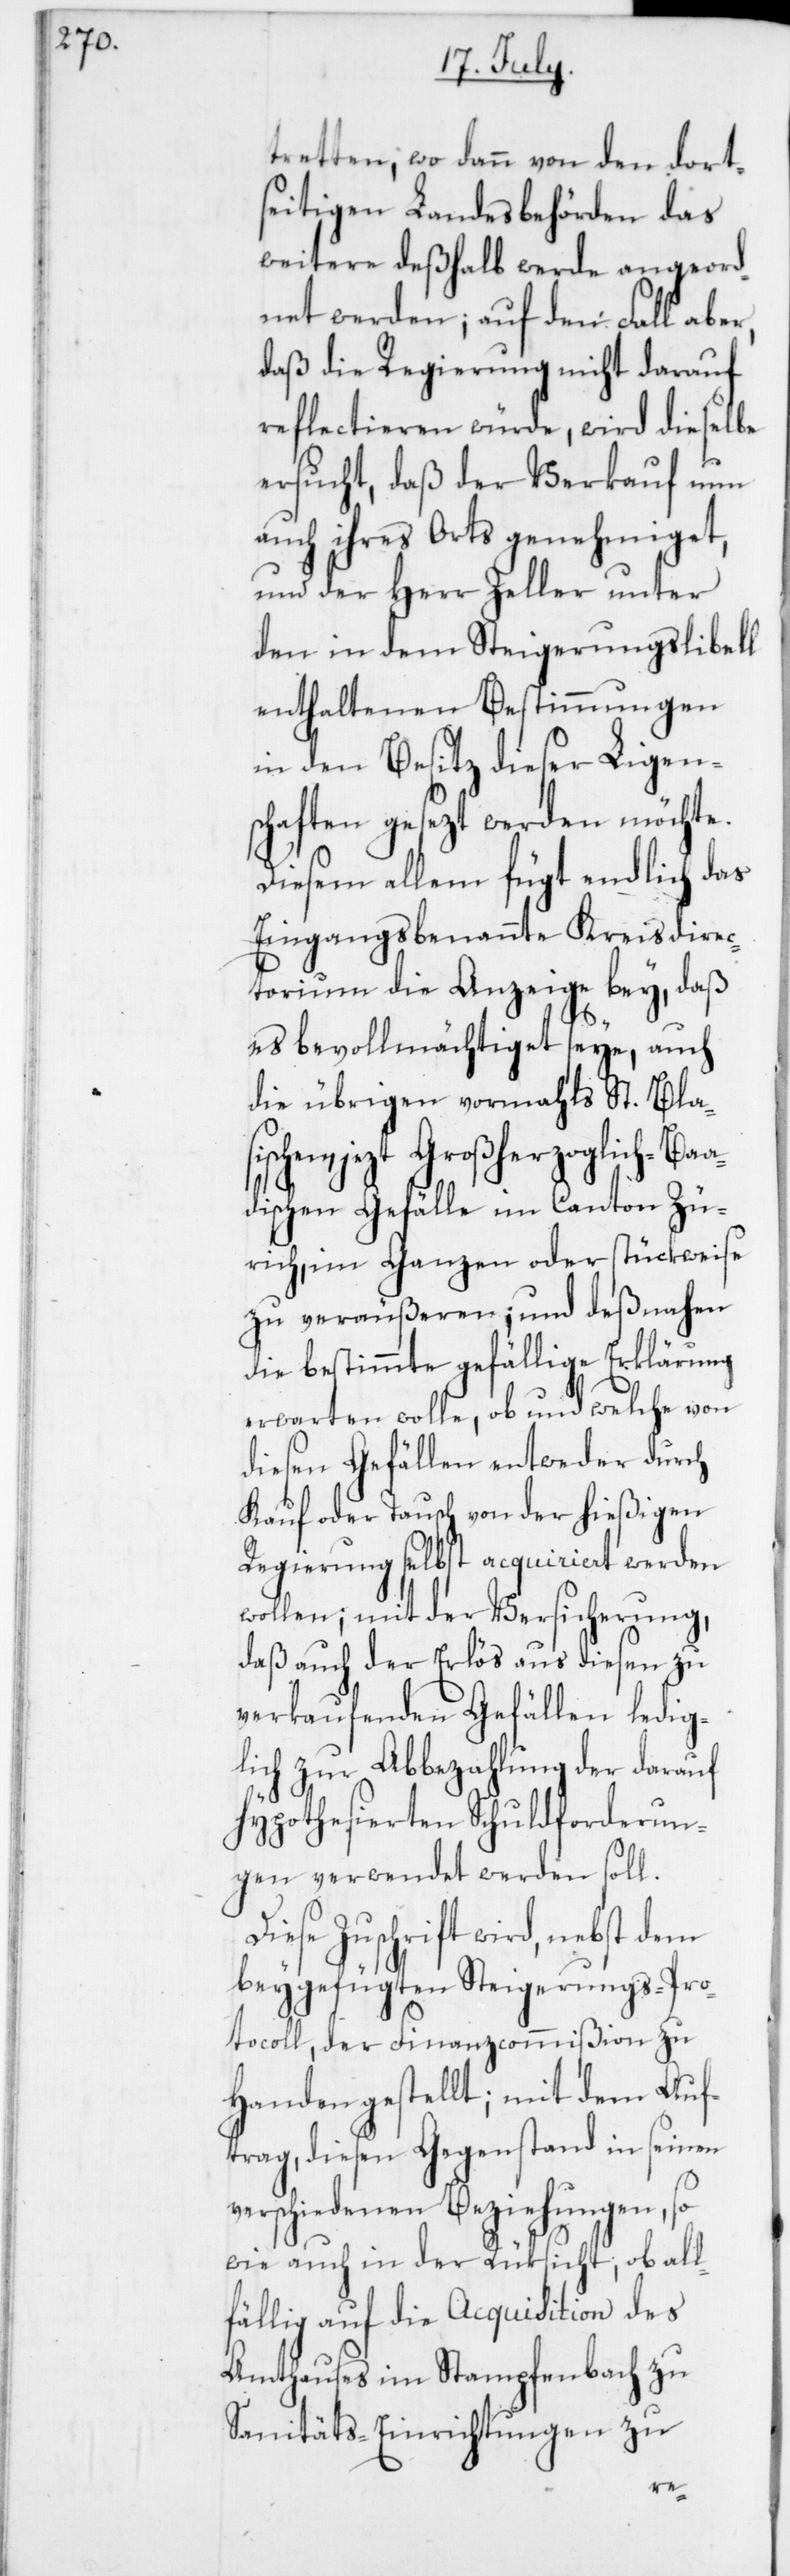
tretten; wo dann von den dorts¬
eitigen Landesbehörden das
weitere deßhalb werde angeord¬
net werden; auf den Fall aber,
daß die Regierung nicht darauf
reflectieren würde, wird dieselbe
ersucht, daß der Verkauf nun
auch ihres Orts genehmiget,
und der Herr Zeller unter
den in dem Steigerungslibell
enthaltenen Bestimmungen
in den Besitz dieser Ligen¬
schaften gesezt werden möchte.
Diesem allem fügt endlich das
Eingangsbenannte Kreisdirec¬
torium die Anzeige bey, daß
es bevollmächtiget seye, auch
die übrigen vormahls St. Blas¬
ischen, jezt Großherzoglich-Ba¬
adischen Gefälle im Canton Zü¬
rich, im Ganzen oder stückweise
zu veräußeren; und deßnahen
die bestimmte gefällige Erklärung
erwarten wolle, ob und welche von
diesen Gefällen entweder durch
Kauf oder Tausch von der hießigen
Regierung selbst acquiriert werden
wollen; mit der Versicherung,
daß auch der Erlös aus diesen zu
verkaufenden Gefällen ledig¬
lich zur Abbezahlung der darauf
hypothesierten Schuldforderun¬
gen verwendet werden soll.
Diese Zuschrift wird, nebst dem
beygefügten Steigerungs-Pro¬
tocoll, der Finanzcommißion zu
Handen gestellt; mit dem Auf¬
trag, diesen Gegenstand in seinen
verschiedenen Beziehungen, so
wie auch in der Rüksicht, ob all¬
fällig auf die Acquisition des
Amthauses im Stampfenbach zu
Sanitäts-Einrichtungen zu